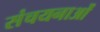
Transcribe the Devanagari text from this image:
संचयनाओं